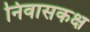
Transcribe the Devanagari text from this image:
निवासकक्ष